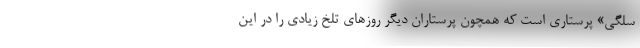
سلگی» پرستاری است که همچون پرستاران دیگر روزهای تلخ زیادی را در این